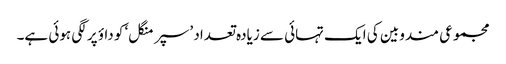
مجموعی مندوبین کی ایک تہائی سے زیادہ تعداد ’سپر منگل‘ کو داؤ پر لگی ہوئی ہے۔